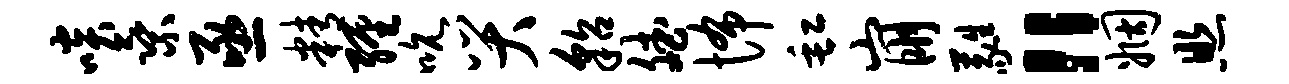
啖乘亟精缠吮哭貂斌怖缸崩蕤“姻照